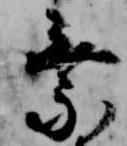
乗